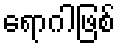
ရောဂါဖြစ်